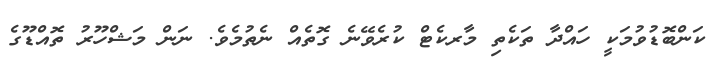
ކަންބޮޑުވުމަކީ ހައްދާ ތަކެތި މާރކެޓް ކުރެވޭނެ ގޮތެއް ނެތުމެވެ. ނަން މަޝްހޫރު ތޮއްޑޫގެ